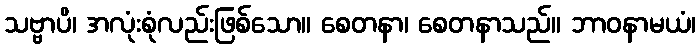
သဗ္ဗာပိ၊ အလုံးစုံလည်းဖြစ်သော။ စေတနာ၊ စေတနာသည်။ ဘာဝနာမယံ၊